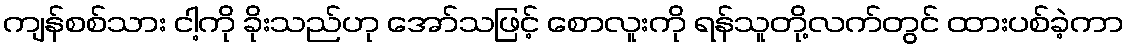
ကျန်စစ်သား ငါ့ကို ခိုးသည်ဟု အော်သဖြင့် စောလူးကို ရန်သူတို့လက်တွင် ထားပစ်ခဲ့ကာ